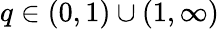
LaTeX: q\in(0,1)\cup(1,\infty)